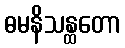
ဓမနိသန္ထတော